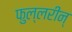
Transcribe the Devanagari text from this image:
फुल्लरीन्